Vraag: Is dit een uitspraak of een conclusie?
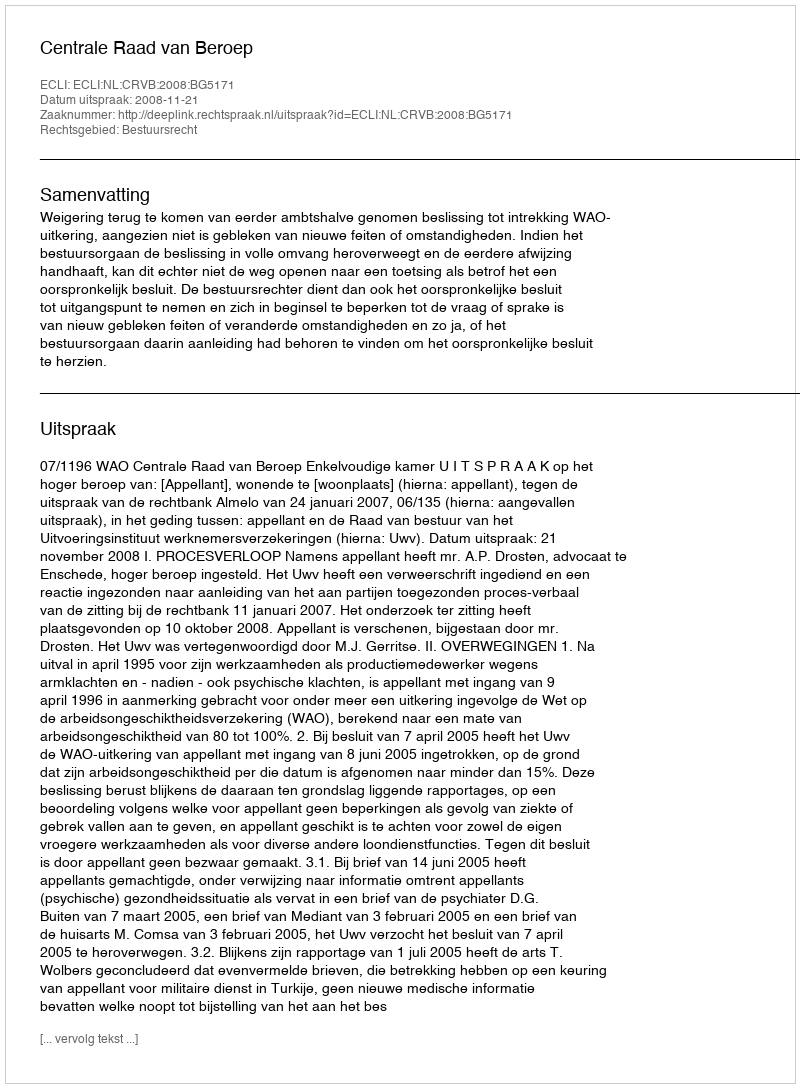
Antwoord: Uitspraak